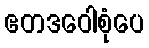
ဧတဒဝေါစုံပေ